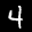
Label: 4